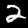
Digit: 2